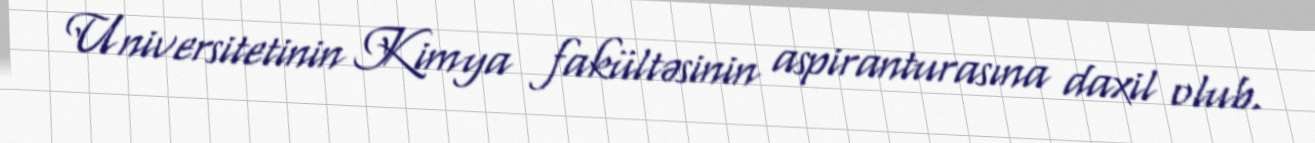
Universitetinin Kimya fakültəsinin aspiranturasına daxil olub.